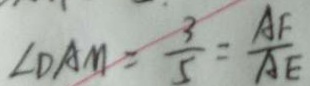
\angle D A M = \frac { 3 } { 5 } = \frac { A F } { A E }